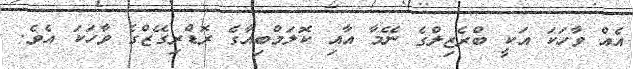
އެއް ވާހަކަ އަކީ ބްރެޒިލްގެ ނޭމާ އާއި ކޮލަމްބިއާގެ ރޮޑްރިގޭޒްގެ ވާހަކަ އެވެ.